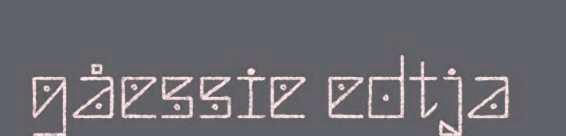
gåessie edtja